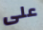
على